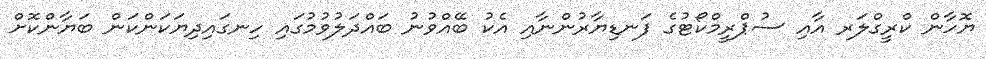
ޔޮހާން ކްރީގްލަރ އާއި ސުޕްރީމްކޯޓުގެ ފަނޑިޔާރުންނާއި އެކު ބޭއްވުނު ބައްދަލުވުމުގައި ހިނގައިދިޔަކަންކަން ބަޔާންކޮށް